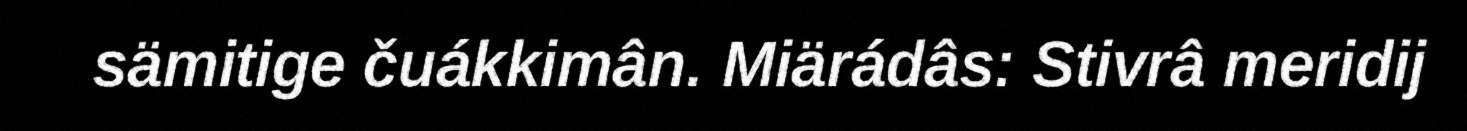
sämitige čuákkimân. Miärádâs: Stivrâ meridij